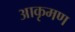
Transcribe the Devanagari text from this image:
आकृमण